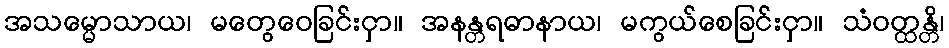
အသမ္မောသာယ၊ မတွေဝေခြင်းငှာ။ အနန္တရဓာနာယ၊ မကွယ်စေခြင်းငှာ။ သံဝတ္ထန္တိ၊